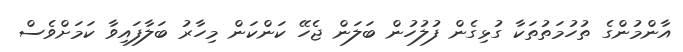
އާންމުންގެ ތުހުމަތުތަކާ ގުޅިގެން ފުލުހުން ބަލަން ޖެހޭ ކަންކަން މިހާރު ބަލާފައިވާ ކަމަށްވެސް